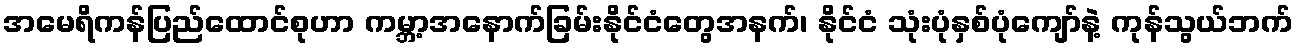
အမေရိကန်ပြည်ထောင်စုဟာ ကမ္ဘာ့အနောက်ခြမ်းနိုင်ငံတွေအနက်၊ နိုင်ငံ သုံးပုံနှစ်ပုံကျော်နဲ့ ကုန်သွယ်ဘက်